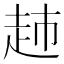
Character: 𧺡